Document type: Sale
Year: 1235
Scribe: Pere de Bages
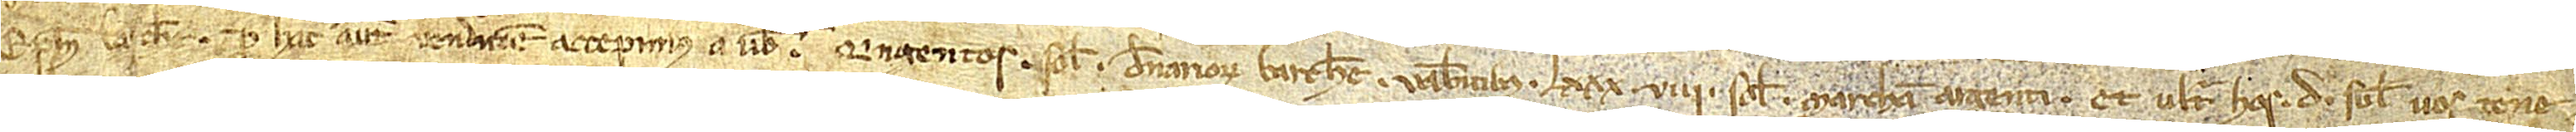
episcopum Barchinone. Pro hac autem vendicione accepimus a vobis quingentos solidos denariorum Barchinone valentibus LXXXVIII solidos marcham argenti. Et ultra hos D solidos vos tene-